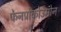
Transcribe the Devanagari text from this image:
फेनप्रोकोउमोन